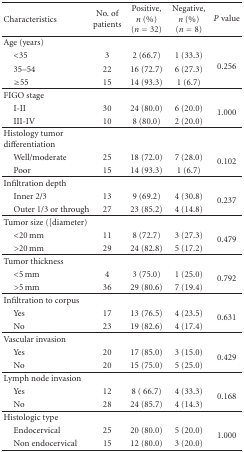
| Characteristics | No. of patients | Positive, n (%) (n = 32) | Negative, n (%) (n = 8) | P value |
 | --- | --- | --- | --- | --- |
 | Age (years) |  |  |  |  |
 | <35 | 3 | 2 (66.7) | 1 (33.3) | <ROWSPAN=3> 0.256 |
 | 35–54 | 22 | 16 (72.7) | 6 (27.3) |
 | ≥55 | 15 | 14 (93.3) | 1 (6.7) |
 | FIGO stage |  |  |  |  |
 | I-II | 30 | 24 (80.0) | 6 (20.0) | <ROWSPAN=2> 1.000 |
 | III-IV | 10 | 8 (80.0) | 2 (20.0) |
 | Histology tumor differentiation |  |  |  |  |
 | Well/moderate | 25 | 18 (72.0) | 7 (28.0) | <ROWSPAN=2> 0.102 |
 | Poor | 15 | 14 (93.3) | 1 (6.7) |
 | Infiltration depth |  |  |  |  |
 | Inner 2/3 | 13 | 9 (69.2) | 4 (30.8) | <ROWSPAN=2> 0.237 |
 | Outer 1/3 or through | 27 | 23 (85.2) | 4 (14.8) |
 | Tumor size ([diameter) |  |  |  |  |
 | <20 mm | 11 | 8 (72.7) | 3 (27.3) | <ROWSPAN=2> 0.479 |
 | >20 mm | 29 | 24 (82.8) | 5 (17.2) |
 | Tumor thickness |  |  |  |  |
 | <5 mm | 4 | 3 (75.0) | 1 (25.0) | <ROWSPAN=2> 0.792 |
 | >5 mm | 36 | 29 (80.6) | 7 (19.4) |
 | Infiltration to corpus |  |  |  |  |
 | Yes | 17 | 13 (76.5) | 4 (23.5) | <ROWSPAN=2> 0.631 |
 | No | 23 | 19 (82.6) | 4 (17.4) |
 | Vascular invasion |  |  |  |  |
 | Yes | 20 | 17 (85.0) | 3 (15.0) | <ROWSPAN=2> 0.429 |
 | No | 20 | 15 (75.0) | 5 (25.0) |
 | Lymph node invasion |  |  |  |  |
 | Yes | 12 | 8 ( 66.7) | 4 (33.3) | <ROWSPAN=2> 0.168 |
 | No | 28 | 24 (85.7) | 4 (14.3) |
 | Histologic type |  |  |  |  |
 | Endocervical | 25 | 20 (80.0) | 5 (20.0) | <ROWSPAN=2> 1.000 |
 | Non endocervical | 15 | 12 (80.0) | 3 (20.0) |